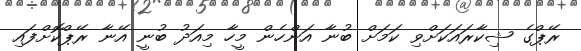
ރޭޕްގެ ޝިކާރައަކަށްވި ކަމަށް ބުނާ އަންހެން މީހާ މިއަދު ބުނީ އޭނާ ރޭޕްކޮށްފައި